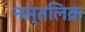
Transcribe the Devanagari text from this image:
नस्तलिक़